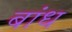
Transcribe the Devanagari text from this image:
बांध्‍ा